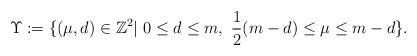
LaTeX: \begin{align*} \Upsilon:=\{(\mu,d)\in \mathbb{Z}^2|\ 0\leq d\leq m,\ \frac{1}{2}(m-d)\leq\mu\leq m-d \}.\end{align*}